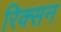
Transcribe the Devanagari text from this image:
रिक्सन